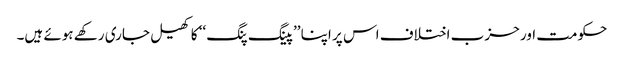
حکومت اور حزب اختلاف اس پر اپنا ’’پینگ پنگ ‘‘ کا کھیل جاری رکھے ہوئے ہیں۔